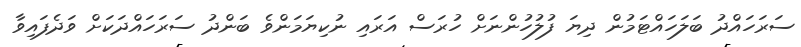
ސަރަހައްދު ބަލަހައްޓަމުން ދިޔަ ފުލުހުންނަށް ހުރަސް އަރައި ނުކިޔަމަންވެ ބަންދު ސަރަހައްދަކަށް ވަދެފައިވާ